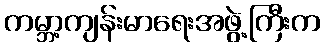
ကမ္ဘာ့ကျန်းမာရေးအဖွဲ့ကြီးက